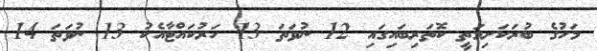
މަހުގެ ބުރަކަށިމަތީ ކޮތަރިބައިގައި 12 ނުވަތަ 13 ހަރުކައްޓާއެކު 13 ނުވަތަ 14